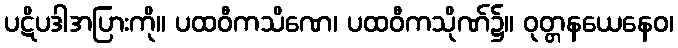
ပဋိပဒါအပြားကို။ ပထဝီကသိဏေ၊ ပထဝီကသိုဏ်၌။ ဝုတ္တနယေနေဝ၊